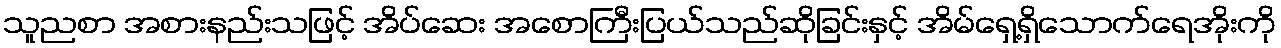
သူညစာ အစားနည်းသဖြင့် အိပ်ဆေး အစောကြီးပြယ်သည်ဆိုခြင်းနှင့် အိမ်ရှေ့ရှိသောက်ရေအိုးကို